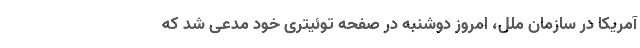
آمریکا در سازمان ملل، امروز دوشنبه در صفحه توئیتری خود مدعی شد که